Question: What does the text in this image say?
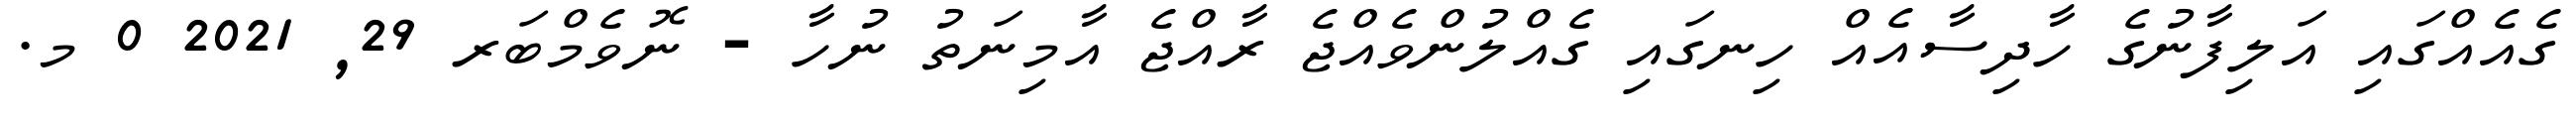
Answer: ގެއެއްގައި އަލިފާނުގެ ހާދިސާއެއް ހިނގައި ގެއްލުންވެއްޖެ ރާއްޖެ އާމިނަތު ނުހާ - ނޮވެމްބަރ 29, 2021 0 މ.